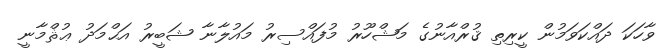
ވާހަކަ ދައްކަވަމުން ކީރިތި ޤުރްއާނުގެ މަޝްހޫރު މުފައްސިރު މައުލާނާ ޝަބީރު އަޙްމަދު ޢުޘްމާނީ